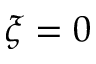
\xi = 0